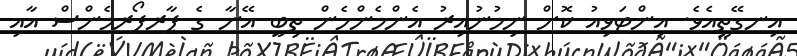
އިނގޭތީއެވެ. އިންޓަވިއު ކޮށް ނިމުނުއިރު އެންމެންހެން ތިބީ އޭނާ ގެ ޕާރފޯރމެންސް އާއި